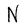
Character: N